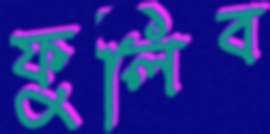
ফুলিব